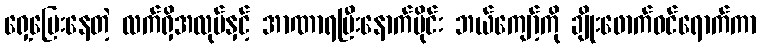
ရှေ့ပြေးနေတဲ့ လက်ရှိအလုပ်နှင့် အာဏာရပြီးနောက်ပိုင်း ဘယ်ကျော့်ကို ချိုးဖောက်ဝင်ရောက်ကာ